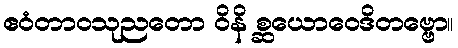
ဧဝံတာဝသုညတော ဝိနိ စ္ဆယောဝေဒိတဗ္ဗော။